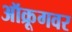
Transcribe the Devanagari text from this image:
ऑक्रूगवर